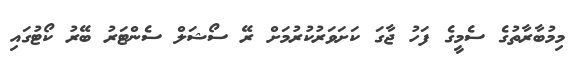
މިމުބާރާތުގެ ސެމީގެ ފަހު ޖާގަ ކަށަވަރުކުރުމަށް ރޭ ސޯޝަލް ސެންޓަރު ބޭރު ކޯޓުގައި